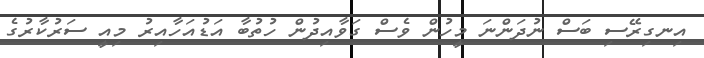
އިނގިރޭސި ބަސް ނުދަންނަ މީހުން ވެސް ގަވާއިދުން ހުތުބާ އަޑުއަހާއިރު މިއީ ސަރުކާރުގެ